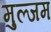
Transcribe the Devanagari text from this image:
मुल्जम